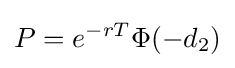
P=e^{-rT}\Phi (-d_{2})